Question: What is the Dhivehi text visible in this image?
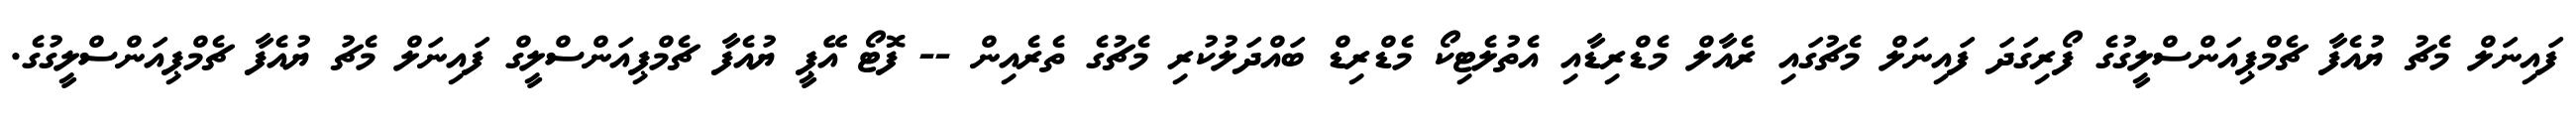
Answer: ފައިނަލް މެޗު ޔުއެފާ ޗެމްޕިއަންސްލީގުގެ ފޯރިގަދަ ފައިނަލް މެޗުގައި ރެއާލް މެޑްރިޑާއި އެތުލެޓިކޯ މެޑްރިޑް ބައްދަލުކުރި މެޗުގެ ތެރެއިން -- ފޮޓޯ އޭޕީ ޔުއެފާ ޗެމްޕިއަންސްލީގް ފައިނަލް މެޗު ޔުއެފާ ޗެމްޕިއަންސްލީގުގެ.